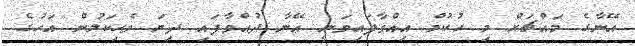
އޭނާގެ މައްޗަށް މި ހުކުމް އިއްވާފައިވަނީ އޭނާ ދުއްވާފައި ދިޔަ ވެހިކަލުން އަހުގެ